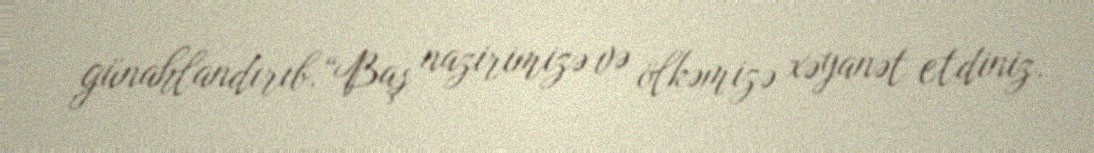
günahlandırıb.“Baş nazirimizə və ölkəmizə xəyanət etdiniz.